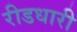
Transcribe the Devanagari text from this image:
रीडधारी